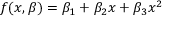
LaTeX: f ( x , { \boldsymbol { \beta } } ) = \beta _ { 1 } + \beta _ { 2 } x + \beta _ { 3 } x ^ { 2 }